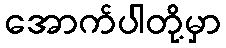
အောက်ပါတို့မှာ